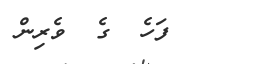
ފަހެ  ގެ  ވެރިން